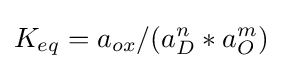
K_{eq}=a_{ox}/(a_{D}^{n}*a_{O}^{m})